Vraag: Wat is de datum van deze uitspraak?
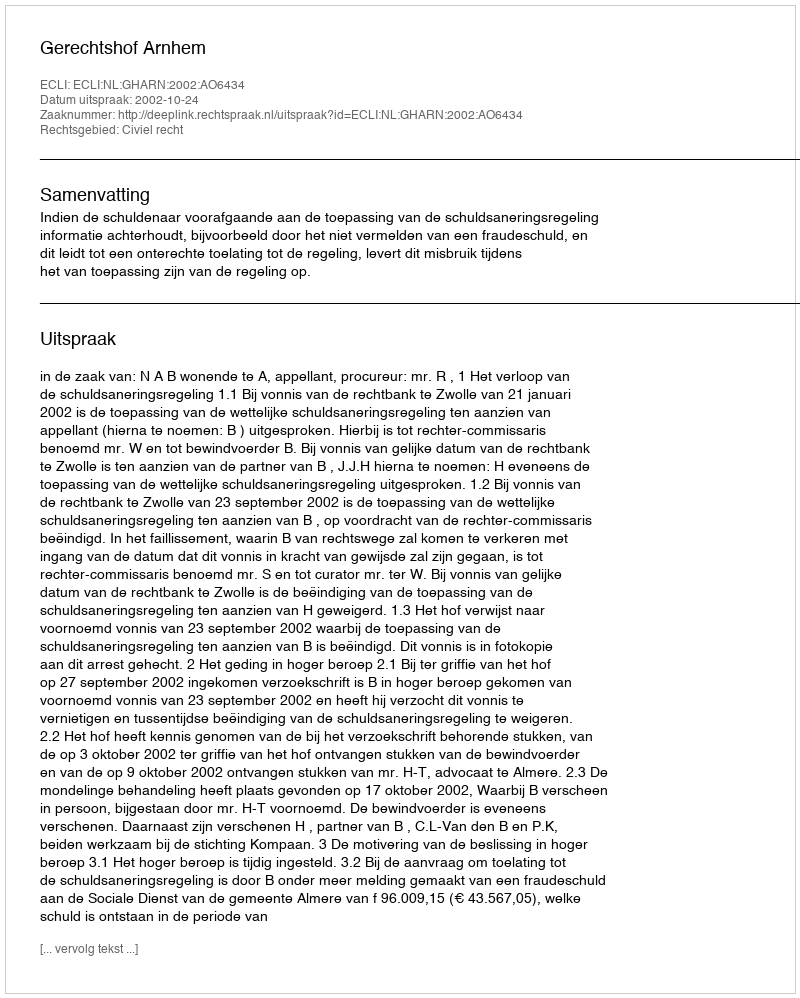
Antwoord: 2002-10-24